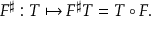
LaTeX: F ^ { \sharp } : T \mapsto F ^ { \sharp } T = T \circ F .